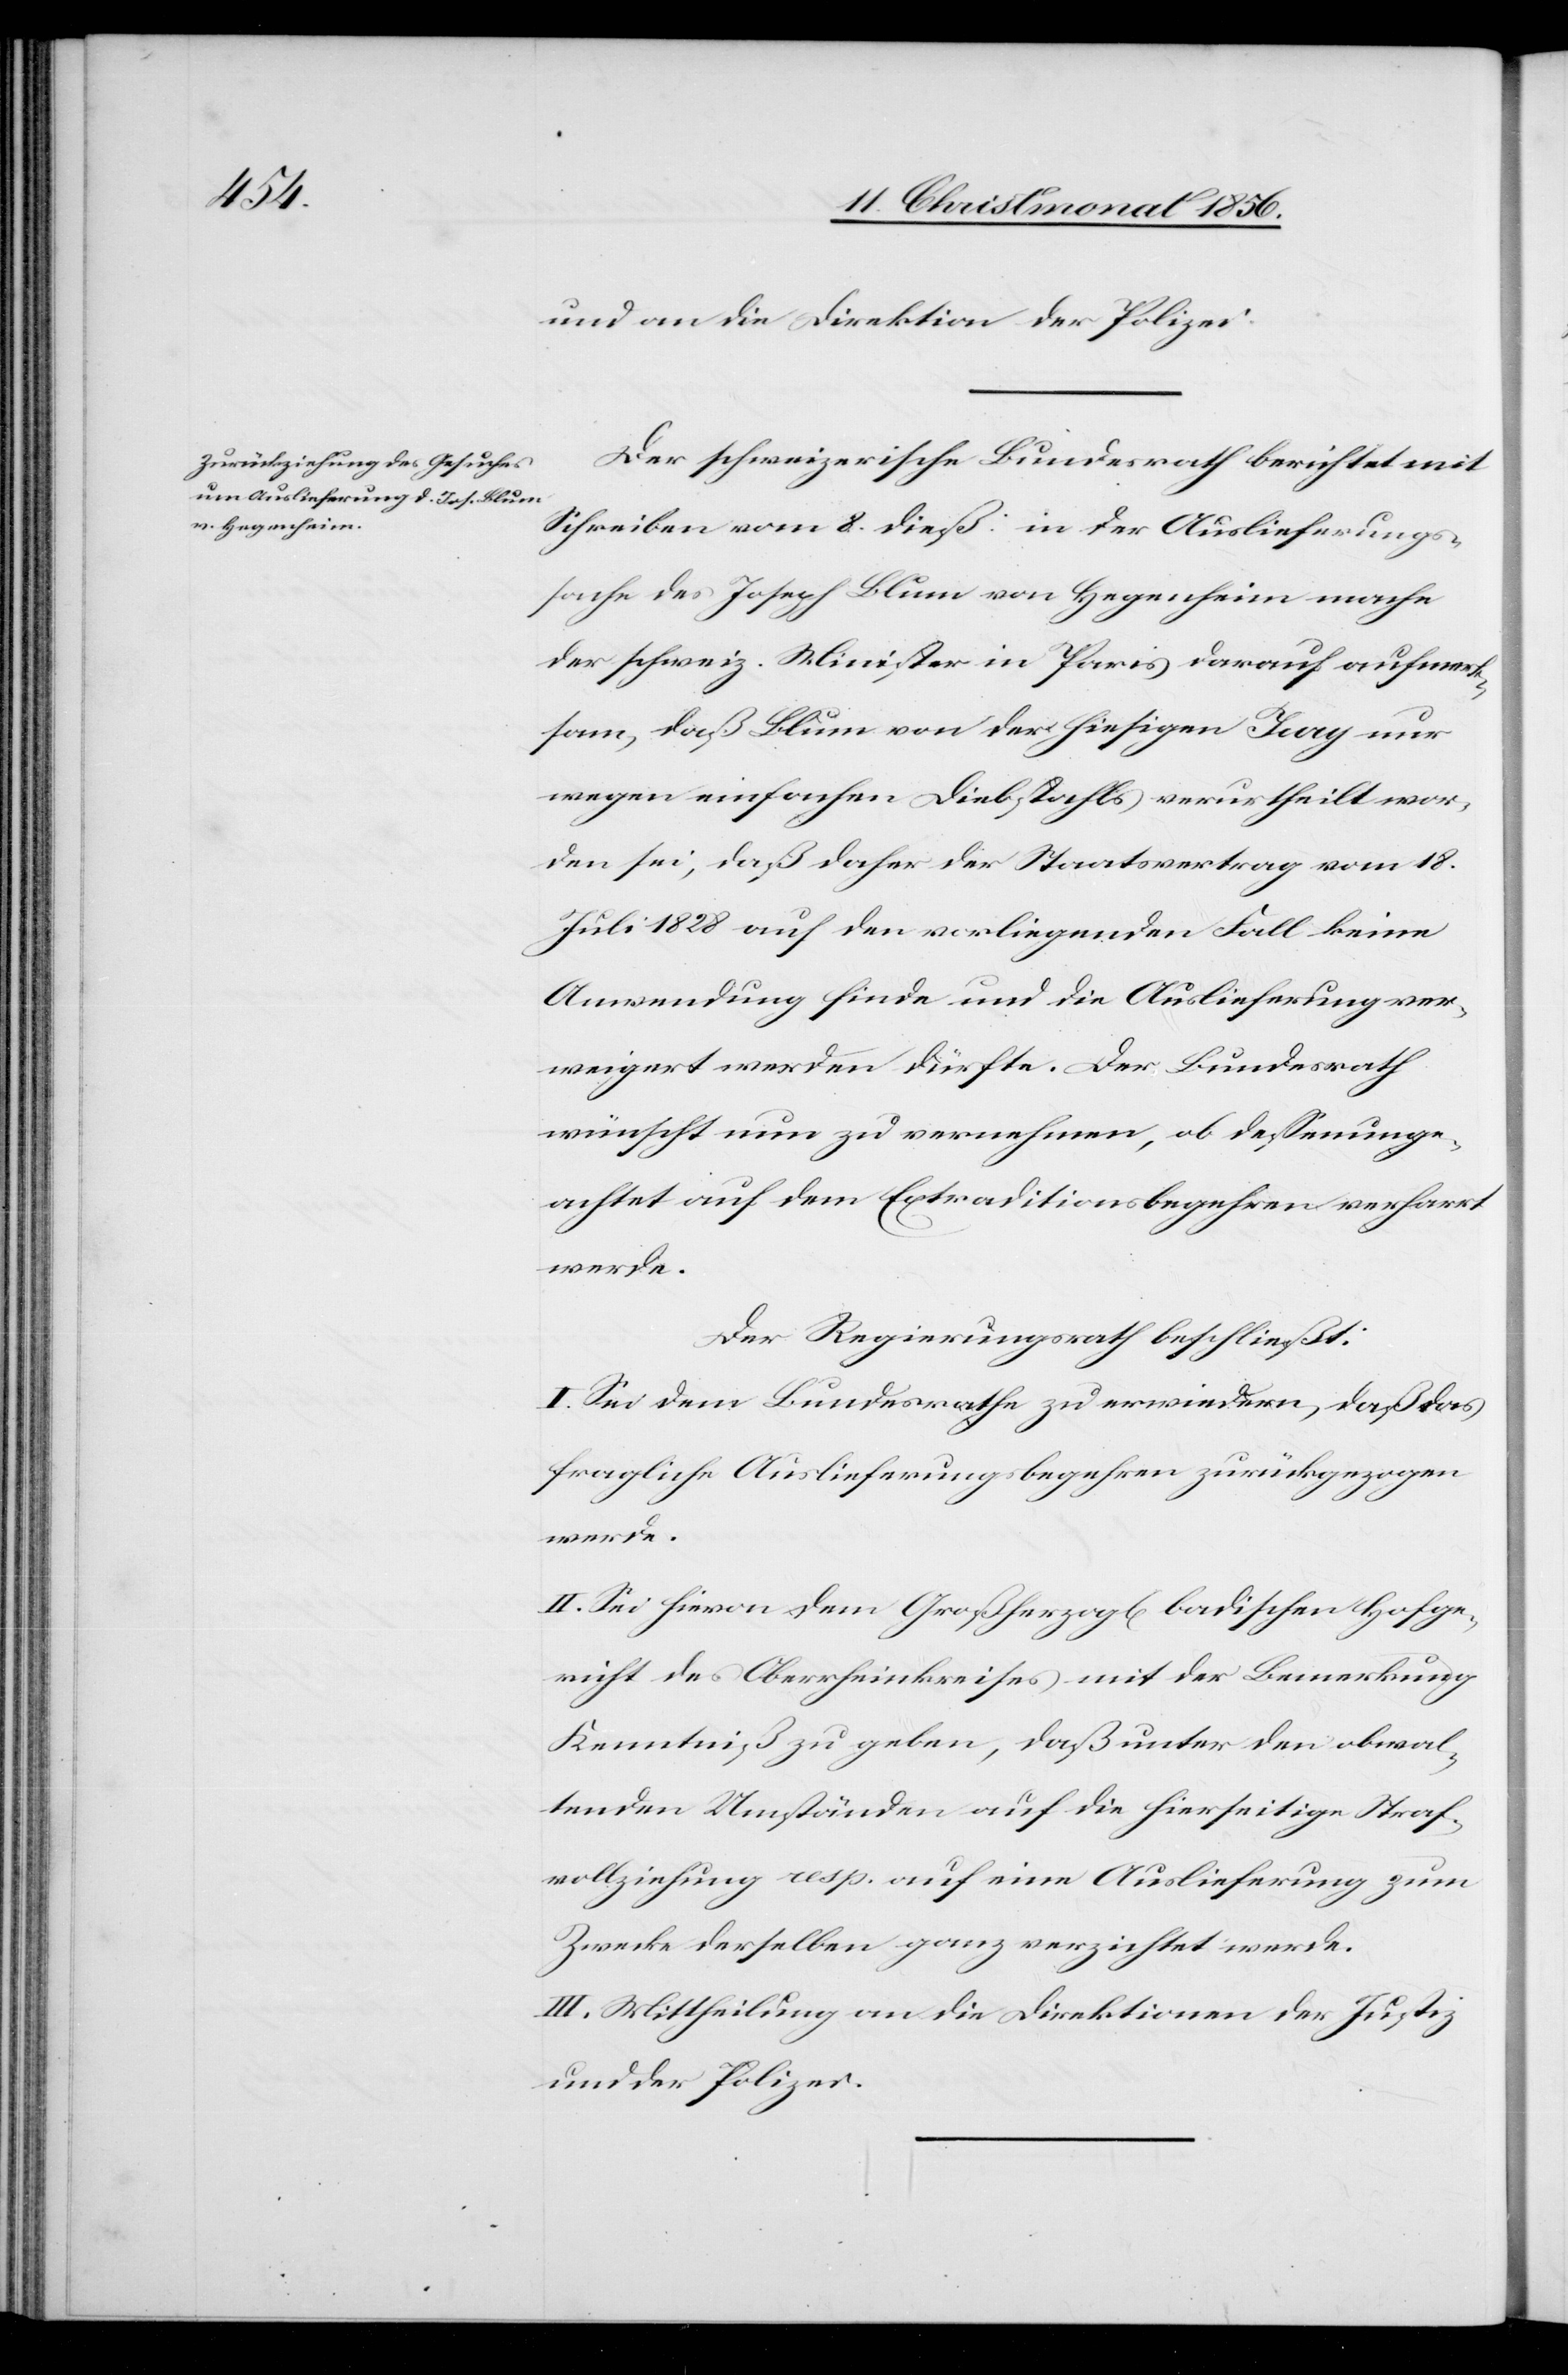
und an die Direktion der Polizei.
Der schweizerische Bundesrath berichtet mit
Schreiben vom 8. dieß: in der Auslieferungs¬
sache des Joseph Blum von Hegenheim mache
der schweiz. Minister in Paris darauf aufmer¬
ksam, daß Blum von der hiesigen Jury nur
wegen einfachen Diebstahls verurtheilt wor¬
den sei, daß daher der Staatsvertrag vom 18.
Juli 1828 auf den vorliegenden Fall keine
Anwendung finde und die Auslieferung ver¬
weigert werden dürfte. Der Bundesrath
wünscht nun zu vernehmen, ob dessenunge¬
achtet auf dem Extraditionsbegehren verharrt
werde.
Der Regierungsrath beschließt:
I. Sei dem Bundesrathe zu erwiedern, daß das
fragliche Auslieferungsbegehren zurückgezogen
werde.
II. Sei hievon dem Großherzogl[ich] badischen Hofge¬
richt des Oberrheinkreises mit der Bemerkung
Kenntniß zu geben, daß unter den obwal¬
tenden Umständen auf die hierseitige Straf¬
vollziehung resp. auf eine Auslieferung zum
Zwecke derselben ganz verzichtet werde.
III. Mittheilung an die Direktionen der Justiz
und der Polizei.